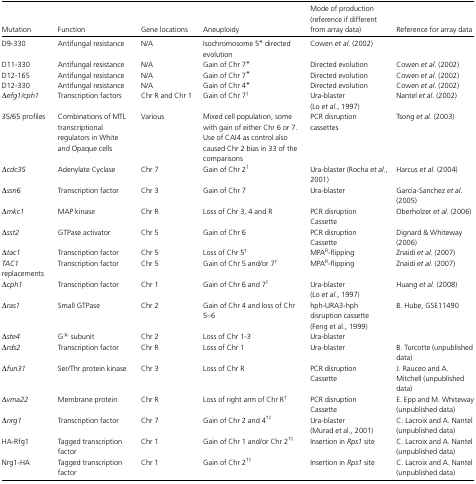
<table><thead><tr><td><b>Mutation</b></td><td><b>Function</b></td><td><b>Gene locations</b></td><td><b>Aneuploidy</b></td><td><b>Mode of production (reference if different from array data)</b></td><td><b>Reference for array data</b></td></tr></thead><tbody><tr><td>D9-330</td><td>Antifungal resistance</td><td>N/A</td><td>Isochromosome 5* directed evolution</td><td>Cowen <i>et al.</i> (2002)</td><td></td></tr><tr><td>D11-330</td><td>Antifungal resistance</td><td>N/A</td><td>Gain of Chr 7*</td><td>Directed evolution</td><td>Cowen <i>et al.</i> (2002)</td></tr><tr><td>D12-165</td><td>Antifungal resistance</td><td>N/A</td><td>Gain of Chr 7*</td><td>Directed evolution</td><td>Cowen <i>et al.</i> (2002)</td></tr><tr><td>D12-330</td><td>Antifungal resistance</td><td>N/A</td><td>Gain of Chr 4*</td><td>Directed evolution</td><td>Cowen <i>et al.</i> (2002)</td></tr><tr><td>Δ<i>efg1/cph1</i></td><td>Transcription factors</td><td>Chr R and Chr 1</td><td>Gain of Chr 7‡</td><td>Ura-blaster (Lo <i>et al.</i>, 1997)</td><td>Nantel <i>et al.</i> (2002)</td></tr><tr><td>35/65 profiles</td><td>Combinations of MTL transcriptional regulators in White and Opaque cells</td><td>Various</td><td>Mixed cell population, some with gain of either Chr 6 or 7. Use of CAI4 as control also caused Chr 2 bias in 33 of the comparisons</td><td>PCR disruption cassettes</td><td>Tsong <i>et al.</i> (2003)</td></tr><tr><td>Δ<i>cdc35</i></td><td>Adenylate Cyclase</td><td>Chr 7</td><td>Gain of Chr 2‡</td><td>Ura-blaster (Rocha <i>et al.</i>, 2001)</td><td>Harcus <i>et al.</i> (2004)</td></tr><tr><td>Δ<i>ssn6</i></td><td>Transcription factor</td><td>Chr 3</td><td>Gain of Chr 7</td><td>Ura-blaster</td><td>Garcia-Sanchez <i>et al.</i> (2005)</td></tr><tr><td>Δ<i>mkc1</i></td><td>MAP kinase</td><td>Chr R</td><td>Loss of Chr 3, 4 and R</td><td>PCR disruption Cassette</td><td>Oberholzer <i>et al.</i> (2006)</td></tr><tr><td>Δ<i>sst2</i></td><td>GTPase activator</td><td>Chr 5</td><td>Gain of Chr 6</td><td>PCR disruption Cassette</td><td>Dignard &amp; Whiteway (2006)</td></tr><tr><td>Δ<i>tac1</i></td><td>Transcription factor</td><td>Chr 5</td><td>Loss of Chr 5†</td><td>MPA<sup>R</sup>-flipping</td><td>Znaidi <i>et al.</i> (2007)</td></tr><tr><td><i>TAC1</i> replacements</td><td>Transcription factor</td><td>Chr 5</td><td>Gain of Chr 5 and/or 7†</td><td>MPA<sup>R</sup>-flipping</td><td>Znaidi <i>et al.</i> (2007)</td></tr><tr><td>Δ<i>cph1</i></td><td>Transcription factor</td><td>Chr 1</td><td>Gain of Chr 6 and 7‡</td><td>Ura-blaster (Lo <i>et al.</i>, 1997)</td><td>Huang <i>et al.</i> (2008)</td></tr><tr><td>Δ<i>ras1</i></td><td>Small GTPase</td><td>Chr 2</td><td>Gain of Chr 4 and loss of Chr 5–6</td><td>hph-URA3-hph disruption cassette (Feng et al., 1999)</td><td>B. Hube, GSE11490</td></tr><tr><td>Δ<i>ste4</i></td><td>G® subunit</td><td>Chr 2</td><td>Loss of Chr 1-3</td><td>Ura-blaster</td><td></td></tr><tr><td>Δ<i>rds2</i></td><td>Transcription factor</td><td>Chr R</td><td>Loss of Chr 1</td><td>Ura-blaster</td><td>B. Turcotte (unpublished data)</td></tr><tr><td>Δ<i>fun31</i></td><td>Ser/Thr protein kinase</td><td>Chr 3</td><td>Loss of Chr R</td><td>PCR disruption Cassette</td><td>J. Rauceo and A. Mitchell (unpublished data)</td></tr><tr><td>Δ<i>vma22</i></td><td>Membrane protein</td><td>Chr R</td><td>Loss of right arm of Chr R†</td><td>PCR disruption Cassette</td><td>E. Epp and M. Whiteway (unpublished data)</td></tr><tr><td>Δ<i>nrg1</i></td><td>Transcription factor</td><td>Chr 7</td><td>Gain of Chr 2 and 4†‡</td><td>Ura-blaster (Murad et al., 2001)</td><td>C. Lacroix and A. Nantel (unpublished data)</td></tr><tr><td>HA-Rfg1</td><td>Tagged transcription factor</td><td>Chr 1</td><td>Gain of Chr 1 and/or Chr 2†‡</td><td>Insertion in <i>Rps1</i> site</td><td>C. Lacroix and A. Nantel (unpublished data)</td></tr><tr><td>Nrg1-HA</td><td>Tagged transcription factor</td><td>Chr 1</td><td>Gain of Chr 2†‡</td><td>Insertion in <i>Rps1</i> site</td><td>C. Lacroix and A. Nantel (unpublished data)</td></tr></tbody></table>